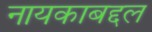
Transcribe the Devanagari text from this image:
नायकाबद्दल